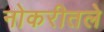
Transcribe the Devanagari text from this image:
नोकरीतले